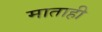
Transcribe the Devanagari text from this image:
माताही